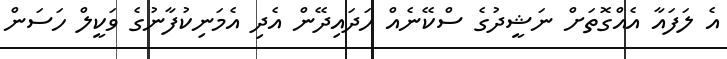
އެ ލަފައާ އެއްގޮތަށް ނަޝީދުގެ ސްކޭނެއް ހަދައިދޭން އެދި އެމަނިކުފާނުގެ ވަކީލް ހަސަން